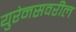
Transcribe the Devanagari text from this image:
युरेनसवरील